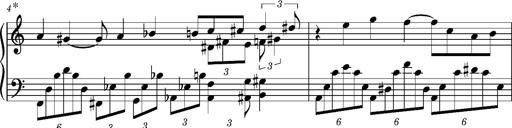
Title: Notturno
Composer: Lucas Trevizan